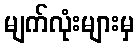
မျက်လုံးများမှ